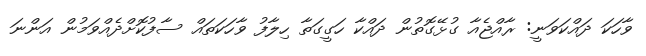
ވާހަކަ ދައްކަވަނީ: ރާއްޖެއާ ގުޅޭގޮތުން ދައްކާ ހަގީގަތާ ހިލާފު ވާހަކަތައް ސާފުކޮށްދެއްވަމުން އަންނަ